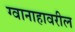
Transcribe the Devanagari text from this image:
ग्वानाहावरील